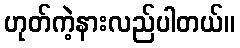
ဟုတ်ကဲ့နားလည်ပါတယ်။